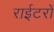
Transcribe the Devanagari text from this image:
राईटरों